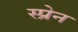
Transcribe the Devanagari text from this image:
स्प्रेन